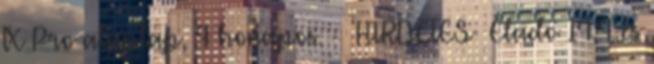
TX Pro alaplap, 4 honapos. - HIRDETES Elado 14,4-es